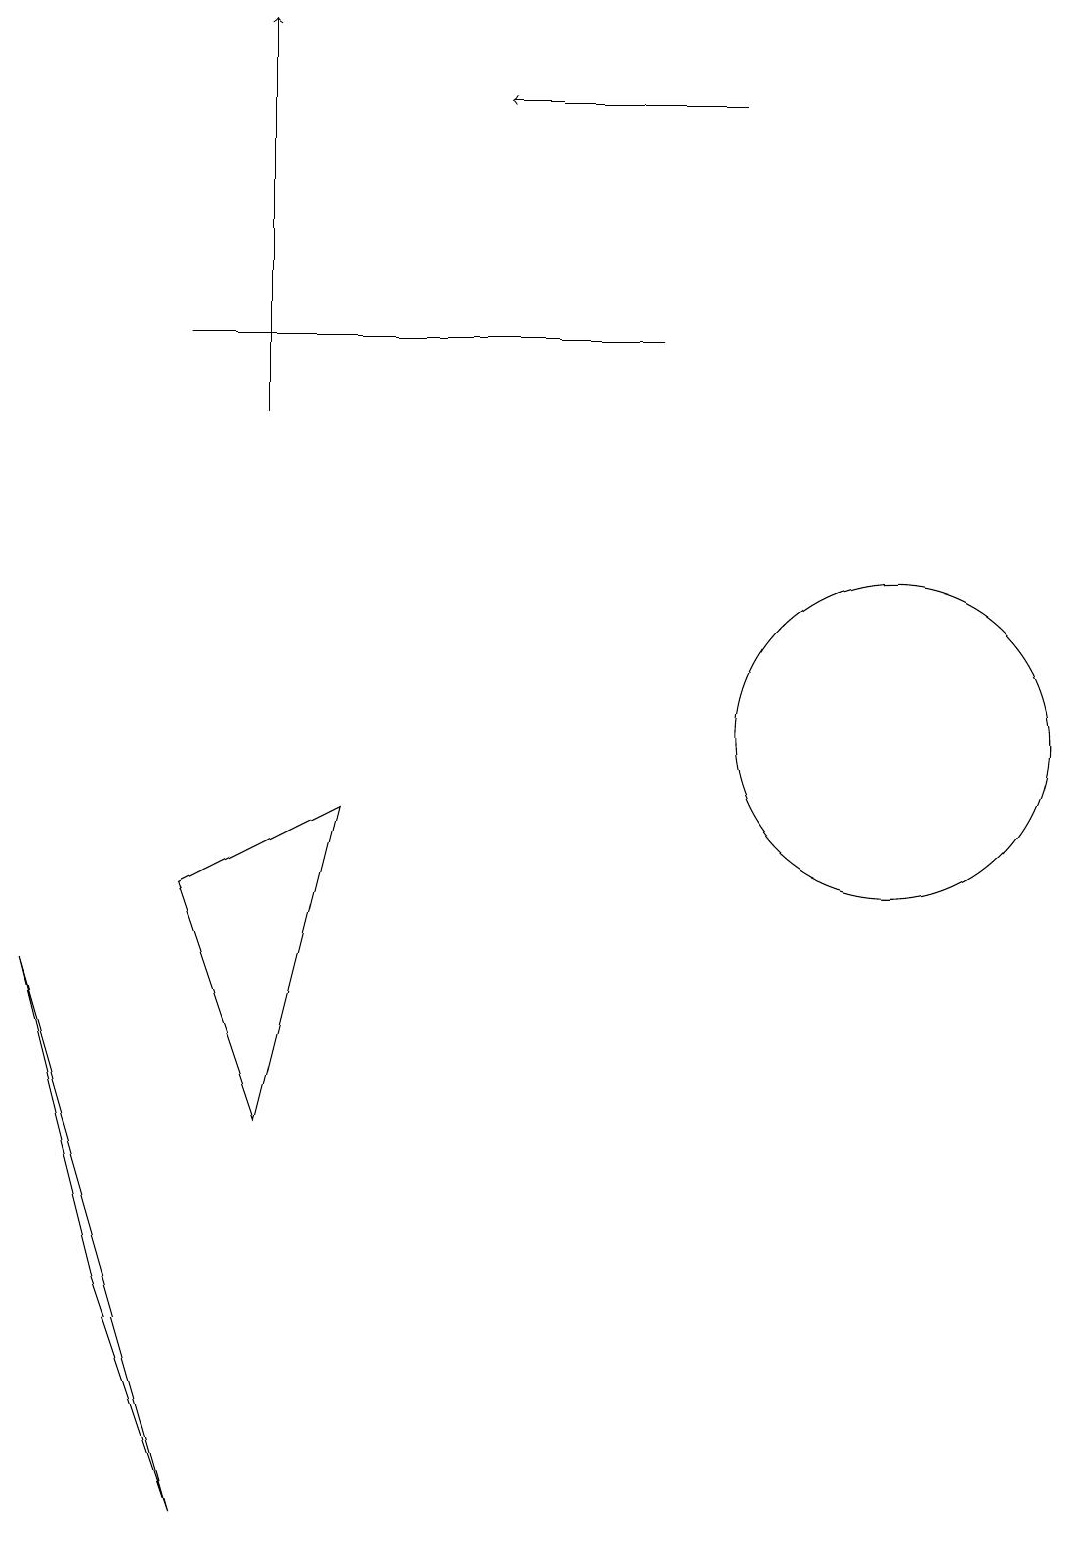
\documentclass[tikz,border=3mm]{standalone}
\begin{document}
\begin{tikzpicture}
\draw (8,15) rectangle (2,15);
\draw (3,5) -- (4,9) -- (2,8) -- cycle;
\draw (2,0) -- (0,7) -- (1,3) -- cycle;
\draw[->] (9,18) -- (6,18);
\draw (11,12) circle (0);
\draw (12,10) circle (0);
\draw (11,10) circle (2);
\draw[->] (3,14) -- (3,19);
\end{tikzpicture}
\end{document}